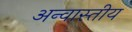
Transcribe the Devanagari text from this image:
अन्वास्तीय